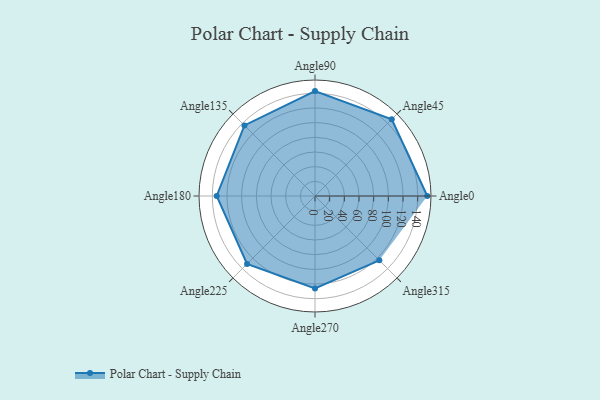
{"axis": {"x": "Angle", "y": "Radius"}, "legend": [""], "data": [{"x": "Angle0", "y": 153.0, "type": ""}, {"x": "Angle45", "y": 148.0, "type": ""}, {"x": "Angle90", "y": 143.0, "type": ""}, {"x": "Angle135", "y": 136.0, "type": ""}, {"x": "Angle180", "y": 134.0, "type": ""}, {"x": "Angle225", "y": 131.0, "type": ""}, {"x": "Angle270", "y": 126.0, "type": ""}, {"x": "Angle315", "y": 124.0, "type": ""}]}